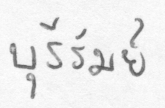
บุรีรัมย์